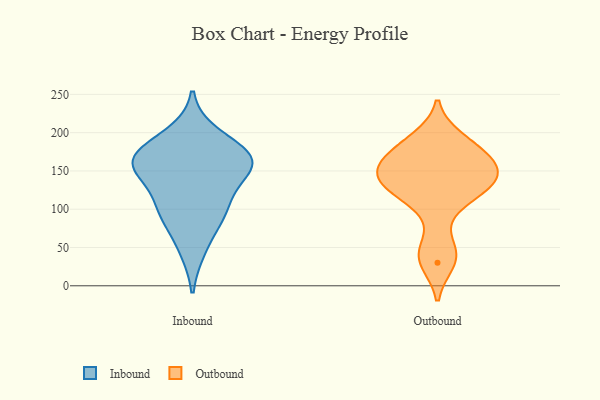
{"axis": {"x": "Conversion Rate (%)", "y": "Value"}, "legend": ["Inbound", "Outbound"], "data": [{"x": "", "y": 170, "type": "Inbound"}, {"x": "", "y": 149, "type": "Inbound"}, {"x": "", "y": 159, "type": "Inbound"}, {"x": "", "y": 196, "type": "Inbound"}, {"x": "", "y": 49, "type": "Inbound"}, {"x": "", "y": 96, "type": "Inbound"}, {"x": "", "y": 155, "type": "Inbound"}, {"x": "", "y": 168, "type": "Inbound"}, {"x": "", "y": 96, "type": "Inbound"}, {"x": "", "y": 106, "type": "Inbound"}, {"x": "", "y": 165, "type": "Inbound"}, {"x": "", "y": 141, "type": "Outbound"}, {"x": "", "y": 30, "type": "Outbound"}, {"x": "", "y": 164, "type": "Outbound"}, {"x": "", "y": 179, "type": "Outbound"}, {"x": "", "y": 193, "type": "Outbound"}, {"x": "", "y": 107, "type": "Outbound"}, {"x": "", "y": 48, "type": "Outbound"}, {"x": "", "y": 161, "type": "Outbound"}, {"x": "", "y": 130, "type": "Outbound"}, {"x": "", "y": 146, "type": "Outbound"}, {"x": "", "y": 131, "type": "Outbound"}]}